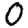
Digit: 0